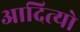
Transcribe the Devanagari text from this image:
आदित्यो